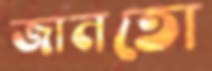
জানতো